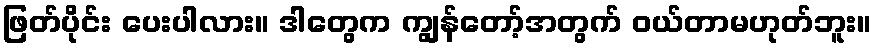
ဖြတ်ပိုင်း ပေးပါလား။ ဒါတွေက ကျွန်တော့်အတွက် ဝယ်တာမဟုတ်ဘူး။